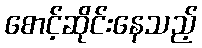
စောင့်ဆိုင်းနေသည့်